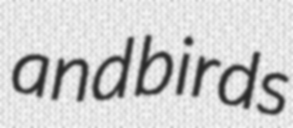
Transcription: and birds